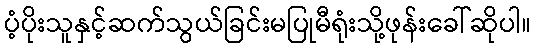
ပံ့ပိုးသူနှင့်ဆက်သွယ်ခြင်းမပြုမီရုံးသို့ဖုန်းခေါ်ဆိုပါ။